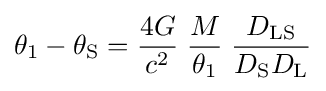
\theta _{1}-\theta _{\rm {S}}={\frac {4G}{c^{2}}}\;{\frac {M}{\theta _{1}}}\;{\frac {D_{\rm {LS}}}{D_{\rm {S}}D_{\rm {L}}}}